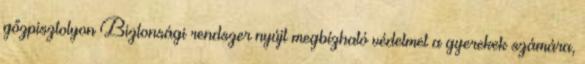
gőzpisztolyon Biztonsági rendszer nyújt megbízható védelmet a gyerekek számára,